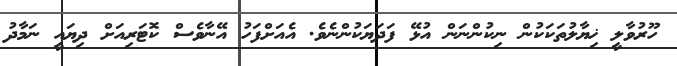
ހޫރުވާލީ ޚިޔާލުތަކަކުން ނިކުންނަން އުޅޭ ފަދަޔަކުންނެވެ. އެއަށްފަހު އޭނާވެސް ކޮޓަރިއަށް ދިޔައީ ނަމާދު